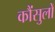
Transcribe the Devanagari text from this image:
कौंसुलों